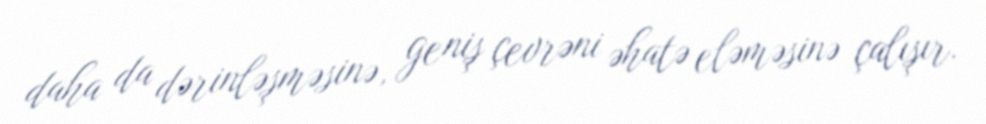
daha da dərinləşməsinə, geniş çevrəni əhatə eləməsinə çalışır.